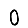
Digit: 0